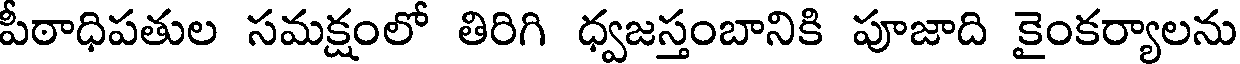
పీఠాధిపతుల సమక్షంలో తిరిగి ధ్వజస్తంబానికి పూజాది కైంకర్యాలను